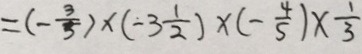
= ( - \frac { 3 } { 5 } ) \times ( - 3 \frac { 1 } { 2 } ) \times ( - \frac { 4 } { 5 } ) \times \frac { 1 } { 3 }